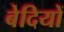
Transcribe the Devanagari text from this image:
बेदियों